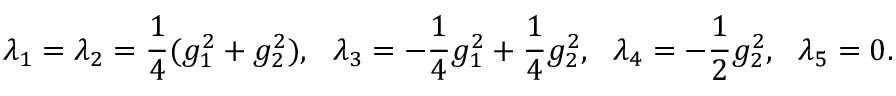
\lambda _ { 1 } = \lambda _ { 2 } = { \frac { 1 } { 4 } } ( g _ { 1 } ^ { 2 } + g _ { 2 } ^ { 2 } ) , ~ ~ \lambda _ { 3 } = - { \frac { 1 } { 4 } } g _ { 1 } ^ { 2 } + { \frac { 1 } { 4 } } g _ { 2 } ^ { 2 } , ~ ~ \lambda _ { 4 } = - { \frac { 1 } { 2 } } g _ { 2 } ^ { 2 } , { } ~ ~ \lambda _ { 5 } = 0 .